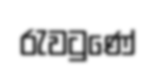
රැවටුණේ